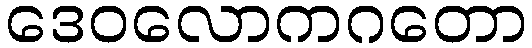
ဒေဝလောကဂတော